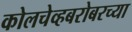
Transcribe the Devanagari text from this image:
कोलचेव्हबरोबरच्या